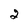
Character: 2